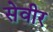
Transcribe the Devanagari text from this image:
सेवीर